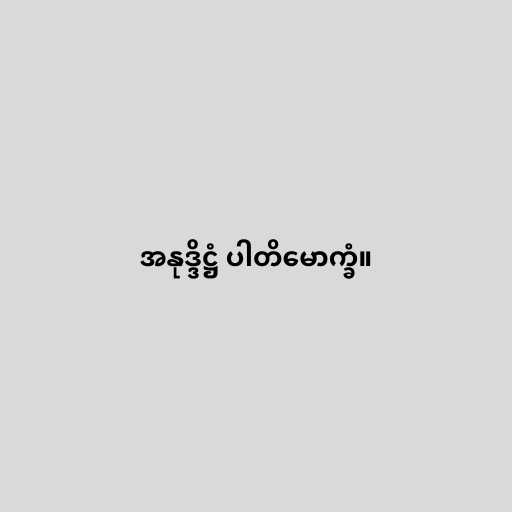
အနုဒ္ဒိဋ္ဌံ ပါတိမောက္ခံ။